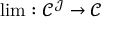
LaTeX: \operatorname* { l i m } : { \mathcal { C } } ^ { \mathcal { J } } \to { \mathcal { C } }